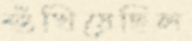
শুঁখিয়েছিল